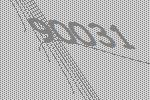
90031